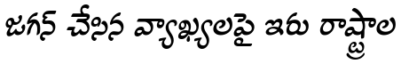
జగన్ చేసిన వ్యాఖ్యలపై ఇరు రాష్ట్రాల